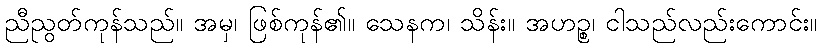
ညီညွတ်ကုန်သည်။ အမှ၊ ဖြစ်ကုန်၏။ သေနက၊ သိန်း။ အဟဉ္စ၊ ငါသည်လည်းကောင်း။